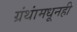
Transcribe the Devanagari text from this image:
ग्रंथांमधूनही